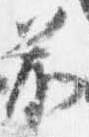
前